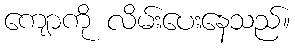
ကျောကို လိမ်းပေးနေသည်။